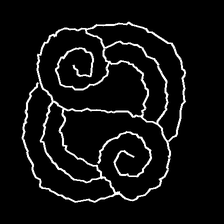
Glyph: wind-underfoot